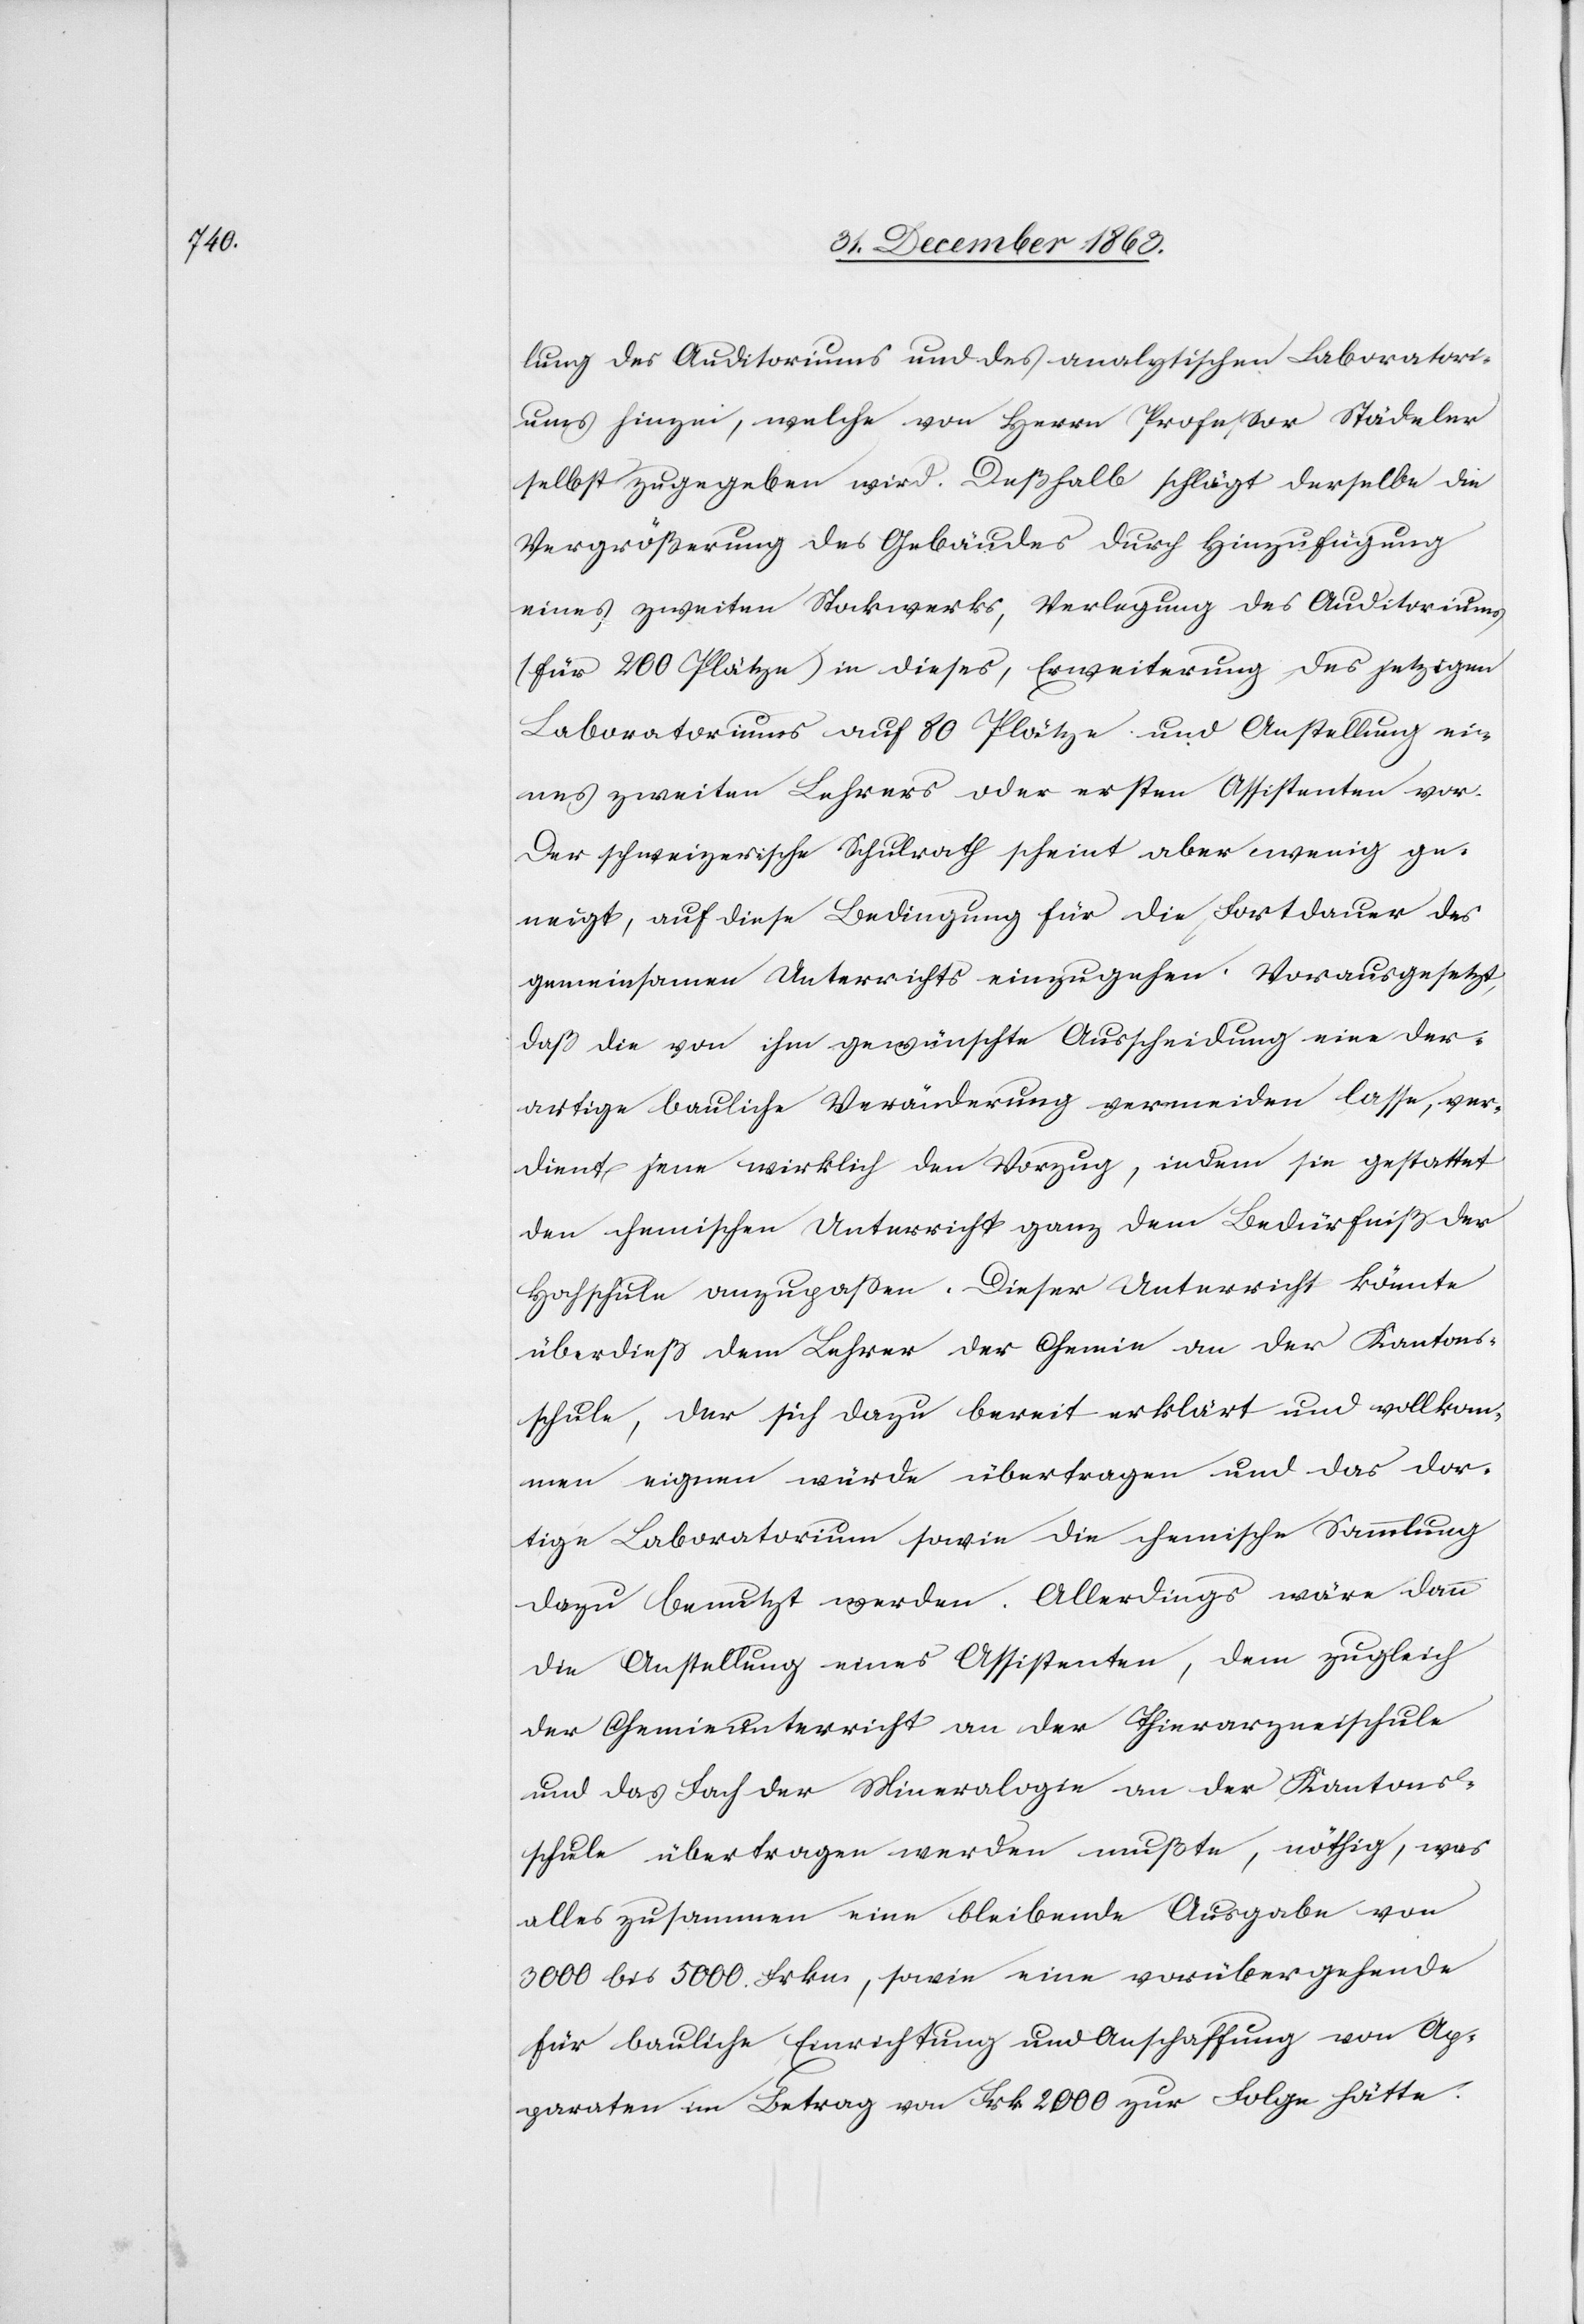
lung des Auditoriums und des analytischen Laboratori¬
ums hinzu, welche von Herrn Professor Städeler
selbst zugegeben wird. Deßhalb schlägt derselbe die
Vergrößerung des Gebäudes durch Hinzufügung
eines zweiten Stockwerks, Verlegung des Auditoriums
(für 200 Plätze) in dieses, Erweiterung des jetzigen
Laboratoriums auf 80 Plätze und Anstellung ei¬
nes zweiten Lehrers oder ersten Assistenten vor.
Der schweizerische Schulrath schien aber wenig ge¬
neigt, auf diese Bedingung für die Fortdauer des
gemeinsamen Unterrichts einzugehen. Vorausgesetzt,
daß die von ihm gewünschte Ausscheidung eine der¬
artige bauliche Veränderung vermeiden lasse, ver¬
dient jene wirklich den Vorzug, indem sie gestattet
den chemischen Unterricht ganz dem Bedürfniß der
Hochschule anzupassen. Dieser Unterricht könnte
überdieß dem Lehrer der Chemie an der Kantons¬
schule der sich dazu bereit erklärt und vollkom¬
men eignen würde übertragen und das dor¬
tige Laboratorium sowie die chemische Sammlung
dazu benutzt werden. Allerdings wäre dann
die Anstellung eines Assistenten, dem zugleich
der Chemieunterricht an der Thierarzneischule
und das Fach der Mineralogie an der Kantons¬
schule übertragen werden mußte, nöthig, was
alles zusammen eine bleibende Ausgabe von
3000 bis 5000 Frkn., wobei eine vorübergehende
für bauliche Einrichtung und Anschaffung von Ap¬
paraten im Betrag von Frk. 2000 zur Folge hätte.